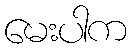
မေးပါက